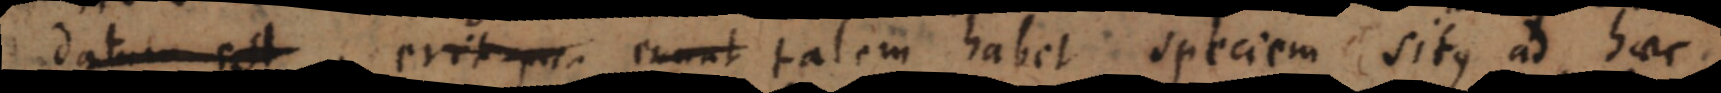
datum est, erit pu erunt talem habet speciem situs ad haec